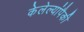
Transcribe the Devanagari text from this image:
केलेल्यांपैकी